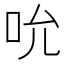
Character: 吮